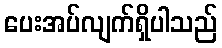
ပေးအပ်လျက်ရှိပါသည်